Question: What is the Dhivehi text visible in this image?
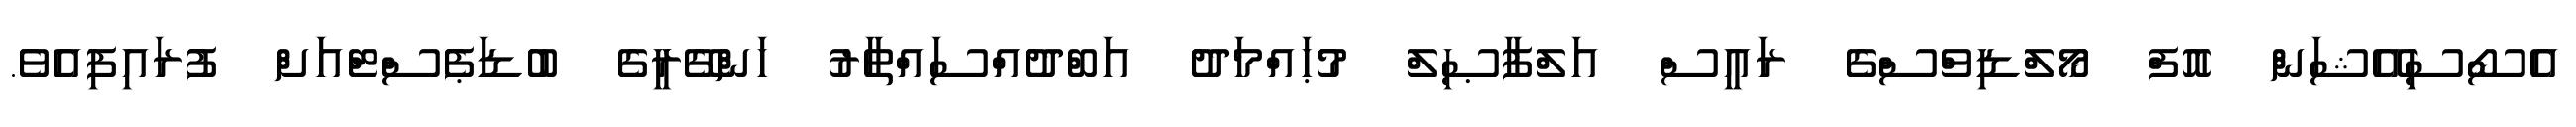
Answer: އެސޯސިއޭޝަން އޮފް މޯލްޑިވްސްގެ ރައީސް އަލްފާޞިލް މުޙައްމަދު އަބްދުއްސައްތާރު ހަންގޭރީގެ ބުޑަޕެސްޓްއަށް ފުރައިފިއެވެ.